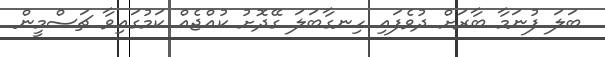
ބަލަ ފުނަމާ ބާރަށް ދުވެފައި ހިނގާބަލަ ގޭދޮށު ކުއްޖެއް ކަމުގައިވާ ޗަސްމީން